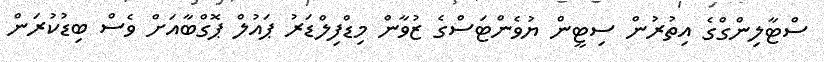
ސްޓާލިންގްގެ އިތުރުން ސިޓީން ޔުވެންޓަސްގެ ޒުވާން މިޑްފިލްޑަރު ޕައުލް ޕޮގްބާއަށް ވެސް ބިޑުކުރަން